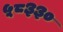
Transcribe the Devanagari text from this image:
५८३३०